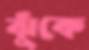
ঝুঁকে